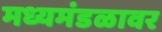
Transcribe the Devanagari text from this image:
मध्यमंडळावर